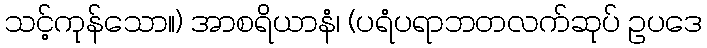
သင့်ကုန်သော။) အာစရိယာနံ၊ (ပရံပရာဘတလက်ဆုပ် ဥပဒေ